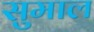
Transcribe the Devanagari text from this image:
सुमाल